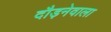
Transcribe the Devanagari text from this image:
दौड़नेवाला